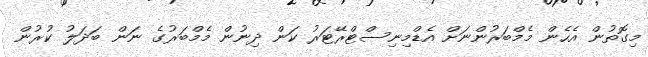
މިގޮތުން އެހެން މެމްބަރުންނަށް އެޑްމިނިސްޓްރޭޓަރު ކަން ދިނުން މެމްބަރުގެ ނަން ބަދަލު ކުރުން